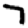
Digit: 7